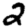
Digit: 2